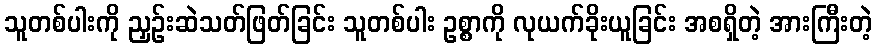
သူတစ်ပါးကို ညှဉ်းဆဲသတ်ဖြတ်ခြင်း သူတစ်ပါး ဥစ္စာကို လုယက်ခိုးယူခြင်း အစရှိတဲ့ အားကြီးတဲ့